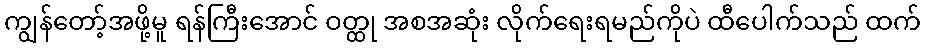
ကျွန်တော့်အဖို့မူ ရန်ကြီးအောင် ဝတ္ထု အစအဆုံး လိုက်ရေးရမည်ကိုပဲ ထီပေါက်သည် ထက်